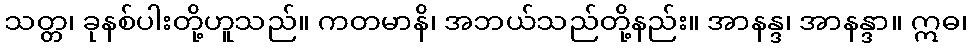
သတ္တ၊ ခုနစ်ပါးတို့ဟူသည်။ ကတမာနိ၊ အဘယ်သည်တို့နည်း။ အာနန္ဒ၊ အာနန္ဒာ။ ဣဓ၊